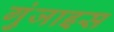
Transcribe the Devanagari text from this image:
गुंजाइस